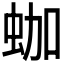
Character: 𧊀